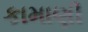
કામાણી